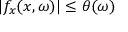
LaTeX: | f _ { x } ( x , \omega ) | \leq \theta ( \omega )